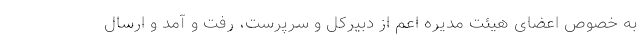
به خصوص اعضای هیئت مدیره اعم از دبیرکل و سرپرست، رفت و آمد و ارسال